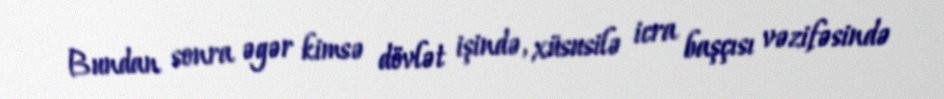
Bundan sonra əgər kimsə dövlət işində, xüsusilə icra başçısı vəzifəsində